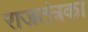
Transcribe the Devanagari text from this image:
राजतंत्रका